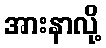
အားနာလို့